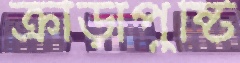
ক্রীড়াপুষ্টি